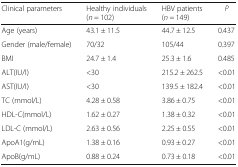
| Clinical parameters | Healthy individuals(n = 102) | HBV patients(n = 149) | P |
 | --- | --- | --- | --- |
 | Age (years) | 43.1 ± 11.5 | 44.7 ± 12.5 | 0.437 |
 | Gender (male/female) | 70/32 | 105/44 | 0.397 |
 | BMI | 24.7 ± 1.4 | 25.3 ± 1.6 | 0.485 |
 | ALT(IU/l) | <30 | 215.2 ± 262.5 | <0.01 |
 | AST(IU/l) | <30 | 139.5 ± 182.4 | <0.01 |
 | TC (mmol/L) | 4.28 ± 0.58 | 3.86 ± 0.75 | <0.01 |
 | HDL-C(mmol/L) | 1.62 ± 0.27 | 1.38 ± 0.32 | <0.01 |
 | LDL-C (mmol/L) | 2.63 ± 0.56 | 2.25 ± 0.55 | <0.01 |
 | ApoA1(g/mL) | 1.38 ± 0.16 | 0.93 ± 0.27 | <0.01 |
 | ApoB(g/mL) | 0.88 ± 0.24 | 0.73 ± 0.18 | <0.01 |